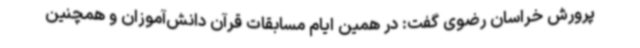
پرورش خراسان رضوی گفت: در همین ایام مسابقات قرآن دانش‌آموزان و همچنین